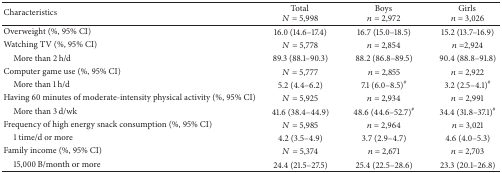
<table><thead><tr><td><b>Characteristics</b></td><td><b>Total <i>N</i> = 5,998</b></td><td><b>Boys <i>n</i> = 2,972</b></td><td><b>Girls<i>n</i> = 3,026</b></td></tr></thead><tbody><tr><td>Overweight (%, 95% CI)</td><td>16.0 (14.6–17.4)</td><td>16.7 (15.0–18.5)</td><td>15.2 (13.7–16.9)</td></tr><tr><td>Watching TV (%, 95% CI)</td><td><i>N</i> = 5,778</td><td><i>n</i> = 2,854</td><td><i>n</i> =2,924</td></tr><tr><td> More than 2 h/d</td><td>89.3 (88.1–90.3)</td><td>88.2 (86.8–89.5)</td><td>90.4 (88.8–91.8)</td></tr><tr><td>Computer game use (%, 95% CI)</td><td><i>N</i> = 5,777 </td><td><i>n</i> = 2,855</td><td><i>n</i> = 2,922</td></tr><tr><td> More than 1 h/d </td><td>5.2 (4.4–6.2)</td><td>7.1 (6.0–8.5)<sup>#</sup></td><td>3.2 (2.5–4.1)<sup>#</sup></td></tr><tr><td>Having 60 minutes of moderate-intensity physical activity (%, 95% CI)</td><td><i>N</i> = 5,925</td><td><i>n</i> = 2,934</td><td><i>n</i> = 2,991</td></tr><tr><td> More than 3 d/wk</td><td>41.6 (38.4–44.9)</td><td>48.6 (44.6–52.7)<sup>#</sup></td><td>34.4 (31.8–37.1)<sup>#</sup></td></tr><tr><td>Frequency of high energy snack consumption (%, 95% CI)</td><td><i>N</i> = 5,985</td><td><i>n</i> = 2,964</td><td><i>n</i> = 3,021</td></tr><tr><td> 1 time/d or more</td><td>4.2 (3.5–4.9)</td><td>3.7 (2.9–4.7)</td><td>4.6 (4.0–5.3)</td></tr><tr><td>Family income (%, 95% CI)</td><td><i>N</i> = 5,374 </td><td><i>n</i> = 2,671</td><td><i>n</i> = 2,703</td></tr><tr><td> 15,000 B/month or more</td><td>24.4 (21.5–27.5)</td><td>25.4 (22.5–28.6)</td><td>23.3 (20.1–26.8)</td></tr></tbody></table>